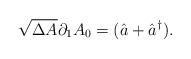
LaTeX: \begin{align*}\sqrt{\Delta A}\partial_1A_0 =(\hat a+\hat a^{\dag}).\end{align*}